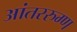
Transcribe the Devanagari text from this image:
आंतररुग्ण